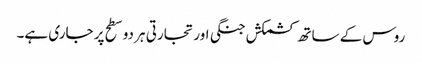
روس کے ساتھ کشمکش جنگی اور تجارتی ہر دو سطح پر جاری ہے۔